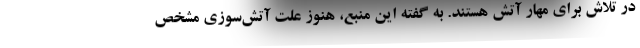
در تلاش برای مهار آتش هستند. به گفته این منبع، هنوز علت آتش‌سوزی مشخص